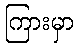
ကြားမှာ